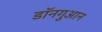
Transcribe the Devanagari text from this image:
डॉनगुआन